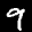
Label: 9